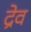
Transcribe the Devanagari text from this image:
द्रेव